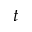
t